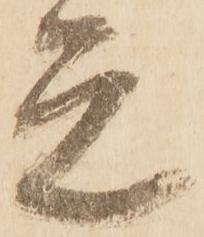
元